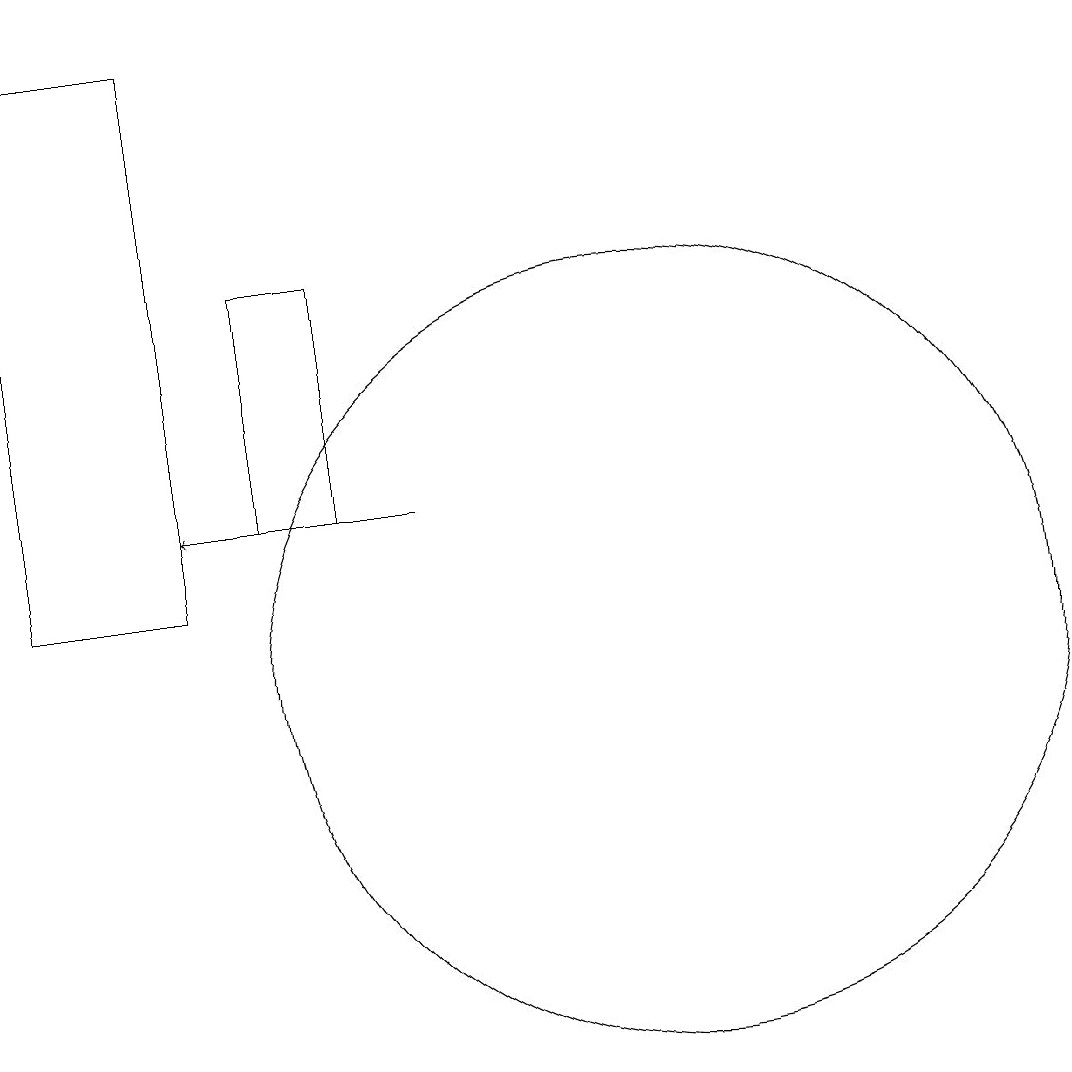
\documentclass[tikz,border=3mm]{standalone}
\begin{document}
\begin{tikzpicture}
\draw (2,11) rectangle (4,18);
\draw[->] (7,12) -- (4,12);
\draw (10,10) circle (5);
\draw (5,12) rectangle (6,15);
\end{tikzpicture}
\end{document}